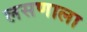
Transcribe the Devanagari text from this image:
लसणाला